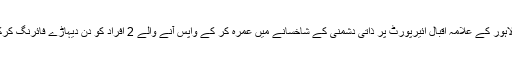
یاد رہے کہ آج صبح لاہور کے علامہ اقبال ائیرپورٹ پر ذاتی دشمنی کے شاخسانے میں عمرہ کر کے واپس آنے والے 2 افراد کو دن دیہاڑے فائرنگ کرکے قتل کر دیا گیا تھا۔